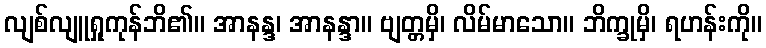
လျစ်လျူရှုကုန်ဘိ၏။ အာနန္ဒ၊ အာနန္ဒာ။ ဗျတ္တမှိ၊ လိမ်မာသော။ ဘိက္ခုမှိ၊ ရဟန်းကို။